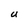
Character: U